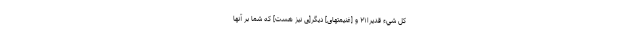
كُلِّ شَيْءٍ قَدِيرًا۲۱ و [غنيمتهاى] ديگر[ى نيز هست] كه شما بر آنها